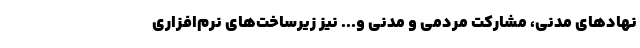
نهادهای مدنی، مشارکت مردمی و مدنی و... نیز زیرساخت‌های نرم‌افزاری